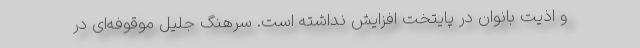
و اذیت بانوان در پایتخت افزایش نداشته است. سرهنگ جلیل موقوفه‌ای در